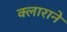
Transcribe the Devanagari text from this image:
क्लाराने